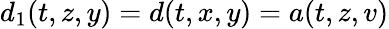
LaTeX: d_{1}(t,z,y)=d(t,x,y)=a(t,z,v)